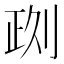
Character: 𠝙